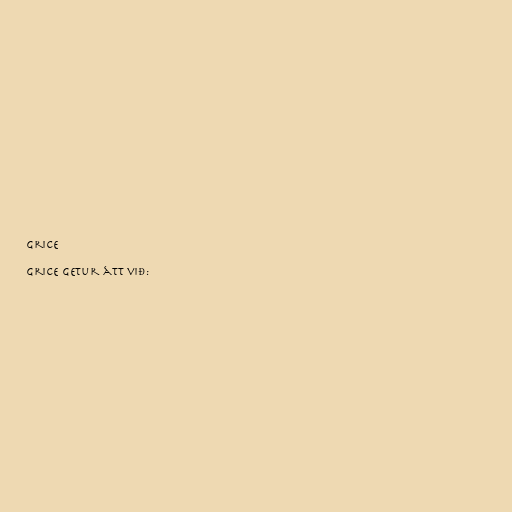
Grice

Grice getur átt við: